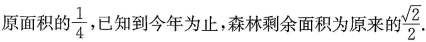
原面积的 \frac{1}{4}， 已知到今年为止，森林剩余面积为原来的 \frac{ \sqrt{2}}{2}.